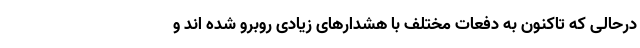
درحالی که تاکنون به دفعات مختلف با هشدارهای زیادی روبرو شده اند و